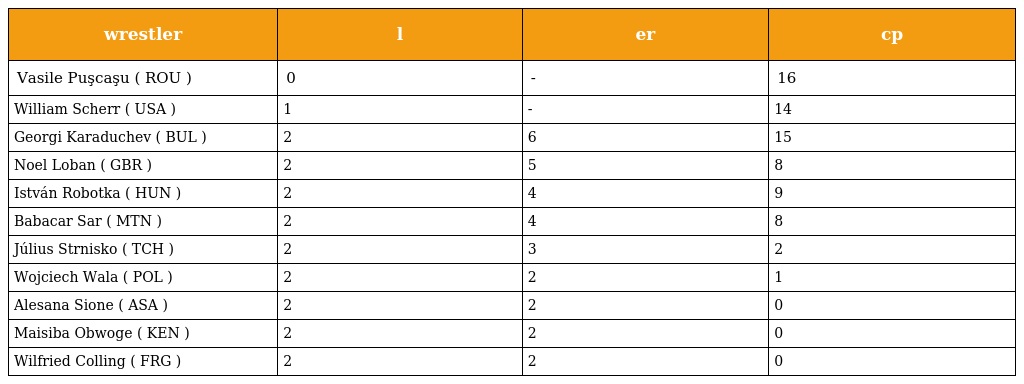
| wrestler | l | er | cp |
 | --- | --- | --- | --- |
 | Vasile Puşcaşu ( ROU ) | 0 | - | 16 |
 | William Scherr ( USA ) | 1 | - | 14 |
 | Georgi Karaduchev ( BUL ) | 2 | 6 | 15 |
 | Noel Loban ( GBR ) | 2 | 5 | 8 |
 | István Robotka ( HUN ) | 2 | 4 | 9 |
 | Babacar Sar ( MTN ) | 2 | 4 | 8 |
 | Július Strnisko ( TCH ) | 2 | 3 | 2 |
 | Wojciech Wala ( POL ) | 2 | 2 | 1 |
 | Alesana Sione ( ASA ) | 2 | 2 | 0 |
 | Maisiba Obwoge ( KEN ) | 2 | 2 | 0 |
 | Wilfried Colling ( FRG ) | 2 | 2 | 0 |